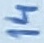
Text: 14